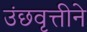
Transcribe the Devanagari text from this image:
उंछवृत्तीने